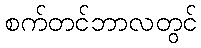
စက်တင်ဘာလတွင်